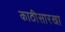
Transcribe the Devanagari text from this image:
काठीसारखा